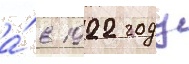
а́ в 1922 году